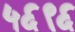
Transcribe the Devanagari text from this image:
५६९६